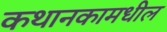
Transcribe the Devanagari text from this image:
कथानकामधील